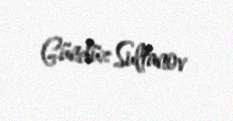
Gündüz Sultanov